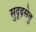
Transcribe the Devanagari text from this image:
सुदृढ़सेतु